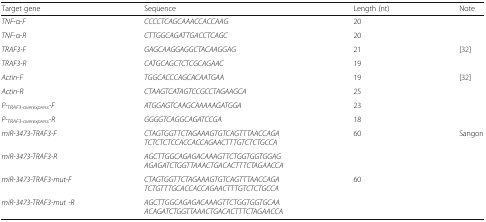
<table><thead><tr><td><b>Target gene</b></td><td><b>Sequence</b></td><td><b>Length (nt)</b></td><td><b>Note</b></td></tr></thead><tbody><tr><td><i>TNF</i>-α<i>-F</i></td><td><i>CCCCTCAGCAAACCACCAAG</i></td><td>20</td><td></td></tr><tr><td><i>TNF</i>-α<i>-R</i></td><td><i>CTTGGCAGATTGACCTCAGC</i></td><td>20</td><td></td></tr><tr><td><i>TRAF3-F</i></td><td><i>GAGCAAGGAGGCTACAAGGAG</i></td><td>21</td><td rowspan="2">[32]</td></tr><tr><td><i>TRAF3-R</i></td><td><i>CATGCAGCTCTCGCAGAAC</i></td><td>19</td></tr><tr><td><i>Actin-F</i></td><td><i>TGGCACCCAGCACAATGAA</i></td><td>19</td><td rowspan="2">[32]</td></tr><tr><td><i>Actin-R</i></td><td><i>CTAAGTCATAGTCCGCCTAGAAGCA</i></td><td>25</td></tr><tr><td><i>P-</i><sub><i>TRAF3-overexpress</i></sub><i>-F</i></td><td><i>ATGGAGTCAAGCAAAAAGATGGA</i></td><td>23</td><td rowspan="2"></td></tr><tr><td><i>P-</i><sub><i>TRAF3-overexpress</i></sub><i>-R</i></td><td><i>GGGGTCAGGCAGATCCGA</i></td><td>18</td></tr><tr><td><i>miR-3473-TRAF3-F</i></td><td><i>CTAGTGGTTCTAGAAAGTGTCAGTTTAACCAGA</i><i>TCTCTCTCCACCACCAGAACTTTGTCTCTGCCA</i></td><td rowspan="2">60</td><td rowspan="4">Sangon</td></tr><tr><td><i>miR-3473-TRAF3-R</i></td><td><i>AGCTTGGCAGAGACAAAGTTCTGGTGGTGGAG</i><i>AGAGATCTGGTTAAACTGACACTTTCTAGAACCA</i></td></tr><tr><td><i>miR-3473-TRAF3-mut-F</i></td><td><i>CTAGTGGTTCTAGAAAGTGTCAGTTTAACCAGA</i><i>TCTGTTTGCACCACCAGAACTTTGTCTCTGCCA</i></td><td rowspan="2">60</td></tr><tr><td><i>miR-3473-TRAF3-mut -R</i></td><td><i>AGCTTGGCAGAGACAAAGTTCTGGTGGTGCAA</i><i>ACAGATCTGGTTAAACTGACACTTTCTAGAACCA</i></td></tr></tbody></table>